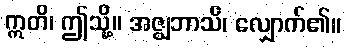
ဣတိ၊ ဤသို့။ အဇ္ဈဘာသိ၊ လျှောက်၏။